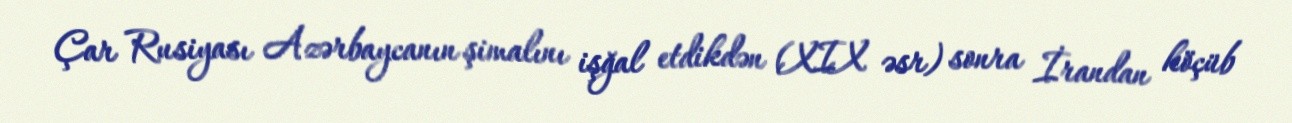
Çar Rusiyası Azərbaycanın şimalını işğal etdikdən (XIX əsr) sonra İrandan köçüb